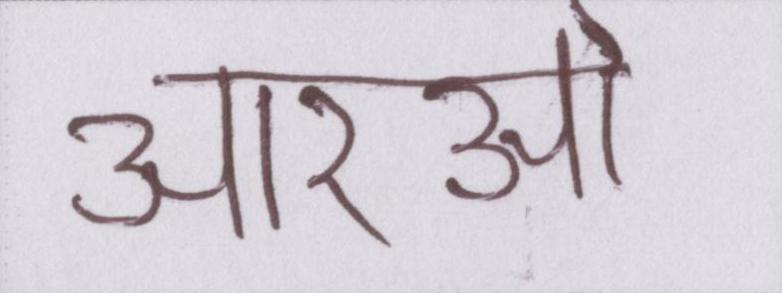
आरओ